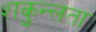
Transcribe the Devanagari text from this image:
शकुन्‍लता